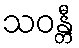
သဝန္တီ